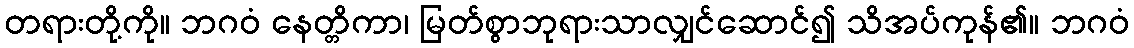
တရားတို့ကို။ ဘဂဝံ နေတ္တိကာ၊ မြတ်စွာဘုရားသာလျှင်ဆောင်၍ သိအပ်ကုန်၏။ ဘဂဝံ